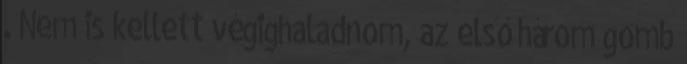
. Nem is kellett végighaladnom, az első három gomb